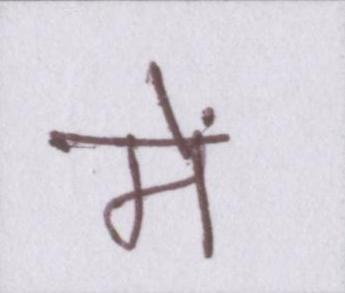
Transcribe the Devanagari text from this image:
में